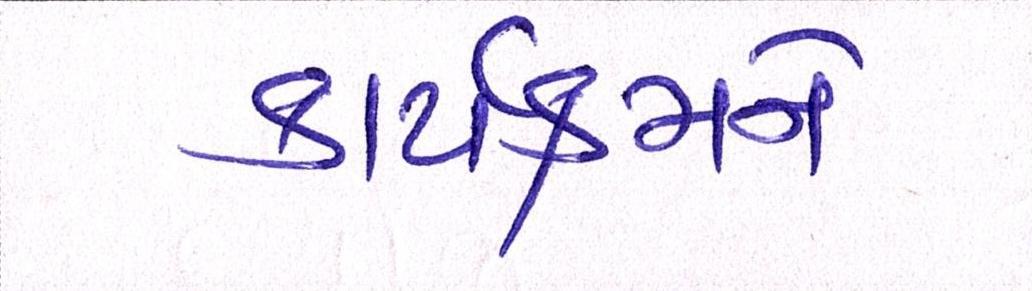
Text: કાર્યક્રમને